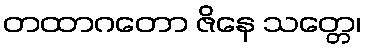
တထာဂတော ဇိနေ သတ္တေ၊